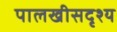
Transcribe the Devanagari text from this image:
पालखीसदृश्य